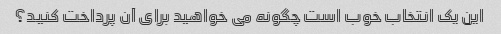
این یک انتخاب خوب است چگونه می خواهید برای آن پرداخت کنید؟